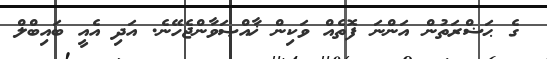
ގެ ޙަޟްރަތުން އަންނަ ފޮތެއް ވަކިން ޚާއްޞަވާންޖެހޭނެ. އަދި އެއީ ބައިބްލް